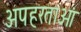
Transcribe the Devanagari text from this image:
अपहरताओं